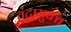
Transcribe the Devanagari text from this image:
तंटामुक्‍त